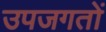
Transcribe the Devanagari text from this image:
उपजगतों